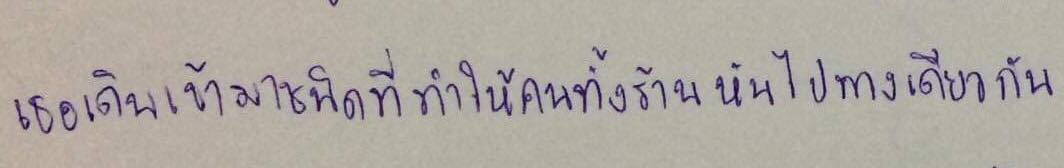
เธอเดินเข้ามาชนิดที่ทำให้คนทั้งร้านหันไปทางเดียวกัน